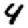
Digit: 4